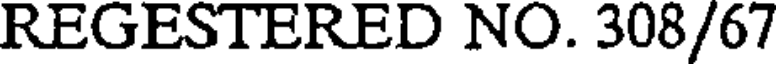
REGESTERED NO. 308/67